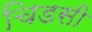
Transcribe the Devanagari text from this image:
चिडसी